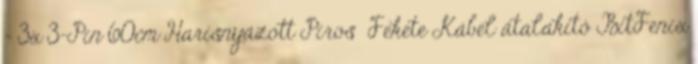
- 3x 3-Pin 60cm Harisnyázott Piros Fekete Kábel átalakító BitFenix